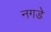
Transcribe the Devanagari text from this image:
नगडे